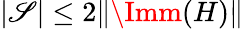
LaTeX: |\mathscr{S}|\leq2\| \Imm(H)\|